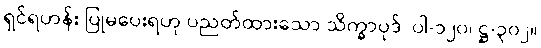
ရှင်ရဟန်း ပြုမပေးရဟု ပညတ်ထားသော သိက္ခာပုဒ်၊ ပါ-၁၂၀၊ ဋ္ဌ-၃၀၂။